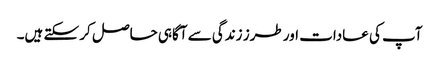
آپ کی عادات اور طرز زندگی سے آگاہی حاصل کر سکتے ہیں۔